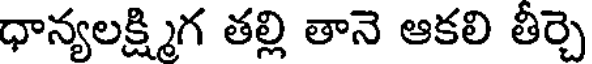
ధాన్యలక్ష్మిగ తల్లి తానె ఆకలి తీర్చె